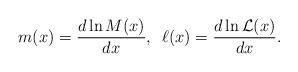
LaTeX: \begin{align*}m(x) = \frac{d \ln{M(x)}}{d x},\,\,\,\ell(x) = \frac{d \ln{{\cal L}(x)}}{d x}.\end{align*}